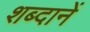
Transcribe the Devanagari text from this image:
शब्दानें